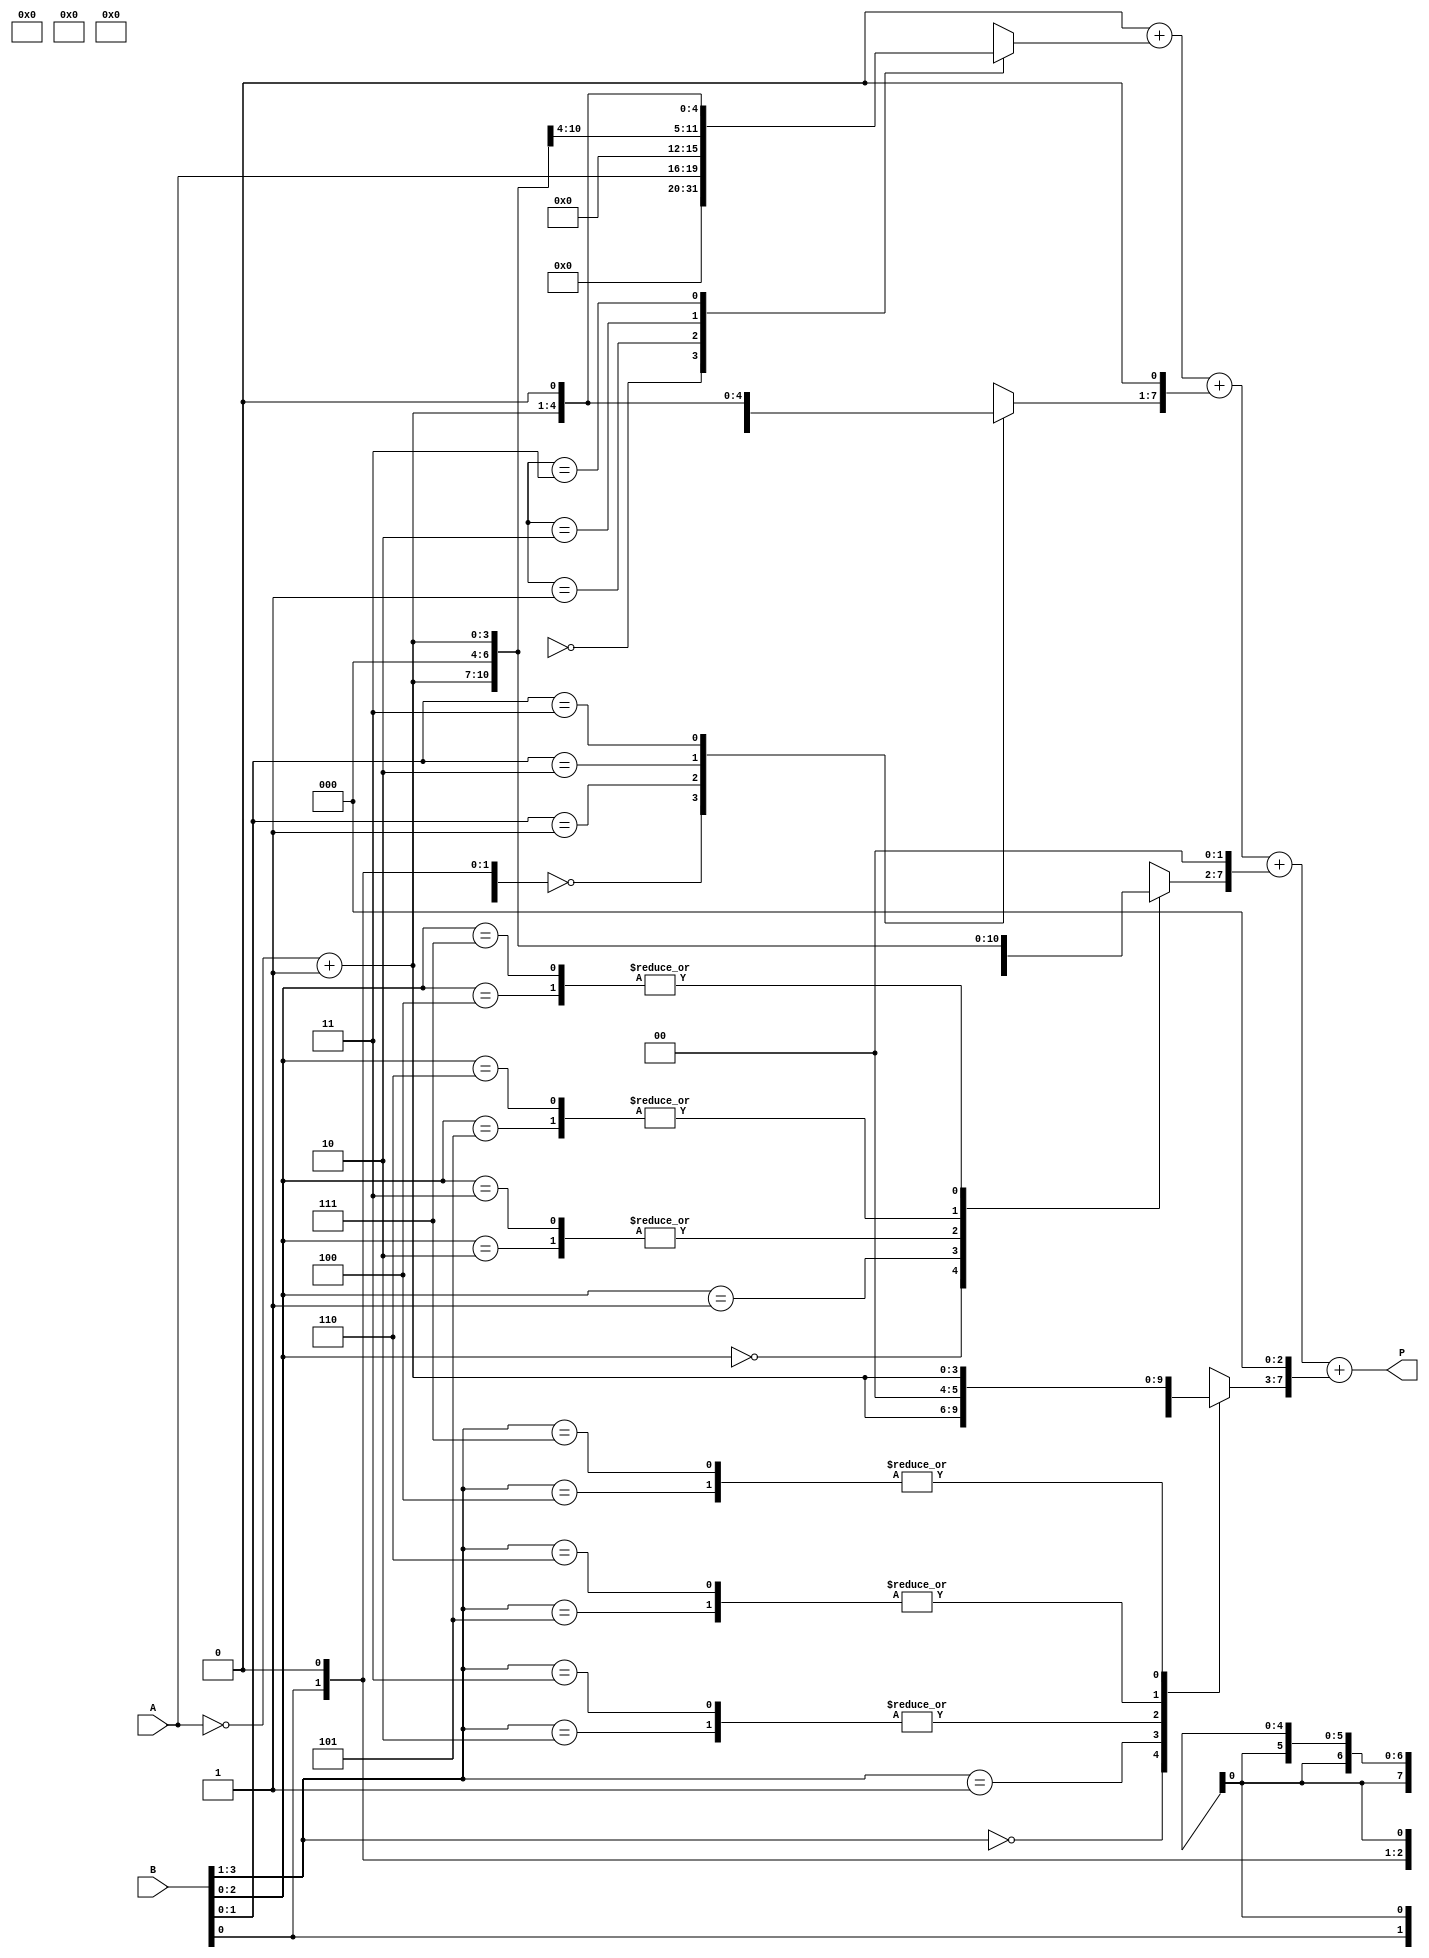
module modified_booth_multiplier #(parameter N = 4) (
    input [N-1:0] A,        // Multiplicand
    input [N-1:0] B,        // Multiplier
    output reg [2*N-1:0] P  // Product
);

    reg [2*N-1:0] partial_products[0:N]; // Array to hold partial products
    reg [N+1:0] B_ext;                     // Extended multiplier
    reg [N-1:0] A_neg;                     // Negated multiplicand
    integer i;

    // Negate A for subtraction
    always @(*) begin
        A_neg = ~A + 1;
    end

    // Extend B for processing (two extra bits for Booth's algorithm)
    always @(*) begin
        B_ext = {1'b0, B, 1'b0}; // Extend B with an additional 0 bit
    end

    // Generate partial products based on Booth encoding
    always @(*) begin
        // Initialize partial products to zero
        for (i = 0; i < N; i = i + 1) begin
            partial_products[i] = 0;
        end

        // Booth encoding and partial product generation
        for (i = 0; i < N; i = i + 1) begin
            case (B_ext[i+1:i-1]) // Evaluate groups of three bits
                3'b000: partial_products[i] = 0;
                3'b001: partial_products[i] = A;
                3'b010: partial_products[i] = A << 1; // A * 2
                3'b011: partial_products[i] = A << 1; // A * 2 (same as above)
                3'b100: partial_products[i] = A_neg;  // -A
                3'b101: partial_products[i] = A_neg << 1; // -A * 2
                3'b110: partial_products[i] = A_neg << 1; // -A * 2 (same as above)
                3'b111: partial_products[i] = A_neg;  // -A
                default: partial_products[i] = 0;
            endcase
        end
    end

    // Sum of partial products
    always @(*) begin
        P = 0; // Initialize product to zero
        for (i = 0; i < N; i = i + 1) begin
            P = P + (partial_products[i] << (i)); // Shift and add partial products
        end
    end

endmodule